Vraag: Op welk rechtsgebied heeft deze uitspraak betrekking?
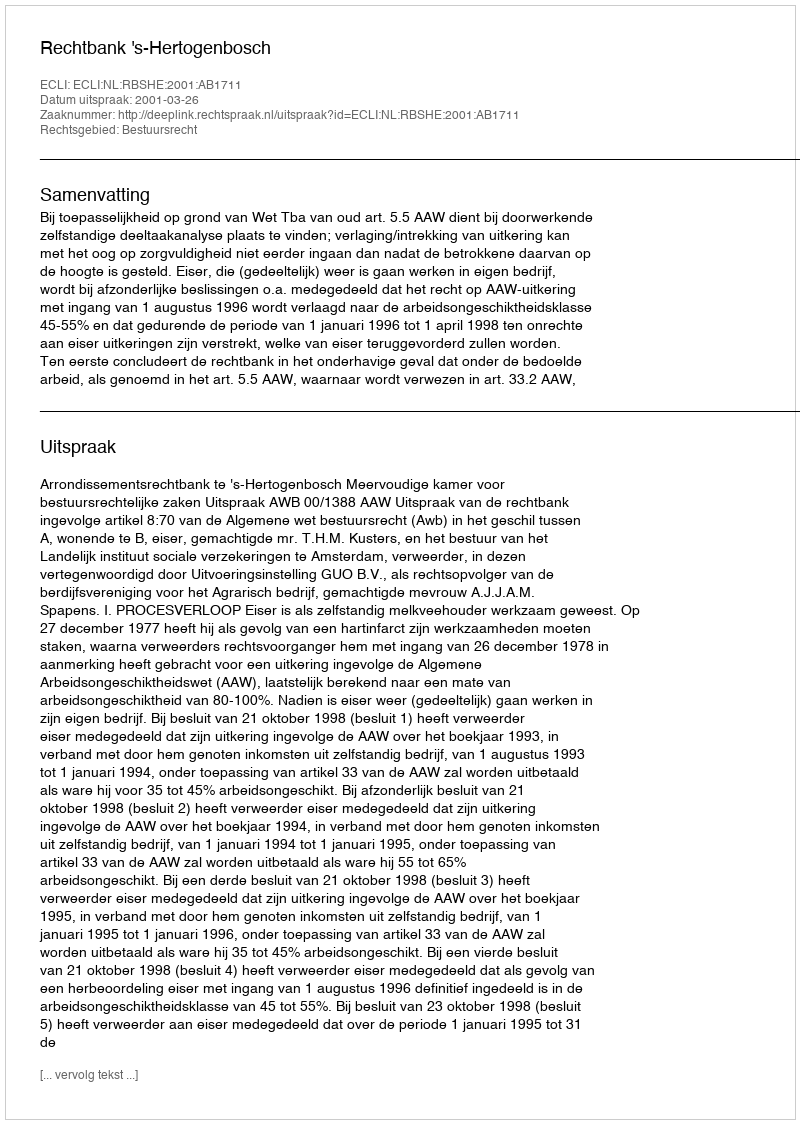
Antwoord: Bestuursrecht